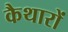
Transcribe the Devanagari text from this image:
कैथारों